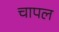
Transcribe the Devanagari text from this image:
चापल